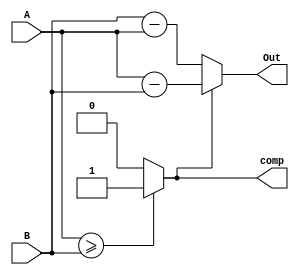

module SubtractionStage(A,B,Out,comp);  
input [7:0] A,B;
output [7:0] Out;
output comp;



assign comp =  (A>= B)? 1'b1 : 1'b0;
assign Out = (comp == 1)?  A-B: B-A ;

endmodule